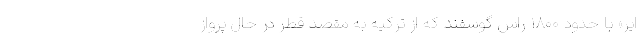
ایر» با حدود ۱۸۰۰ راس گوسفند که از ترکیه به مقصد قطر در حال پرواز